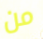
من